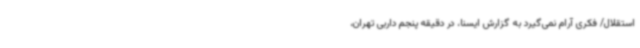
استقلال/ فکری آرام نمی‌گیرد به گزارش ایسنا، در دقیقه پنجم داربی تهران،